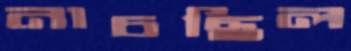
নাচছিল